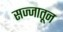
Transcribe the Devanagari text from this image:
सज्जातून